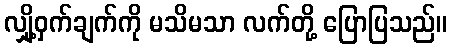
လျှို့ဝှက်ချက်ကို မသိမသာ လက်တို့ ပြောပြသည်။